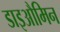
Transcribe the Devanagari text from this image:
डाइऔमिन